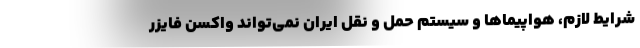
شرایط لازم، هواپیماها و سیستم حمل و نقل ایران نمی‌تواند واکسن فایزر